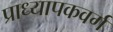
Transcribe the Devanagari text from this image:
प्राध्यापकवर्ग